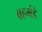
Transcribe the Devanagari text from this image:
ब्रहमंडे